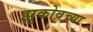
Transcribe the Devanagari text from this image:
झुकोवच्या